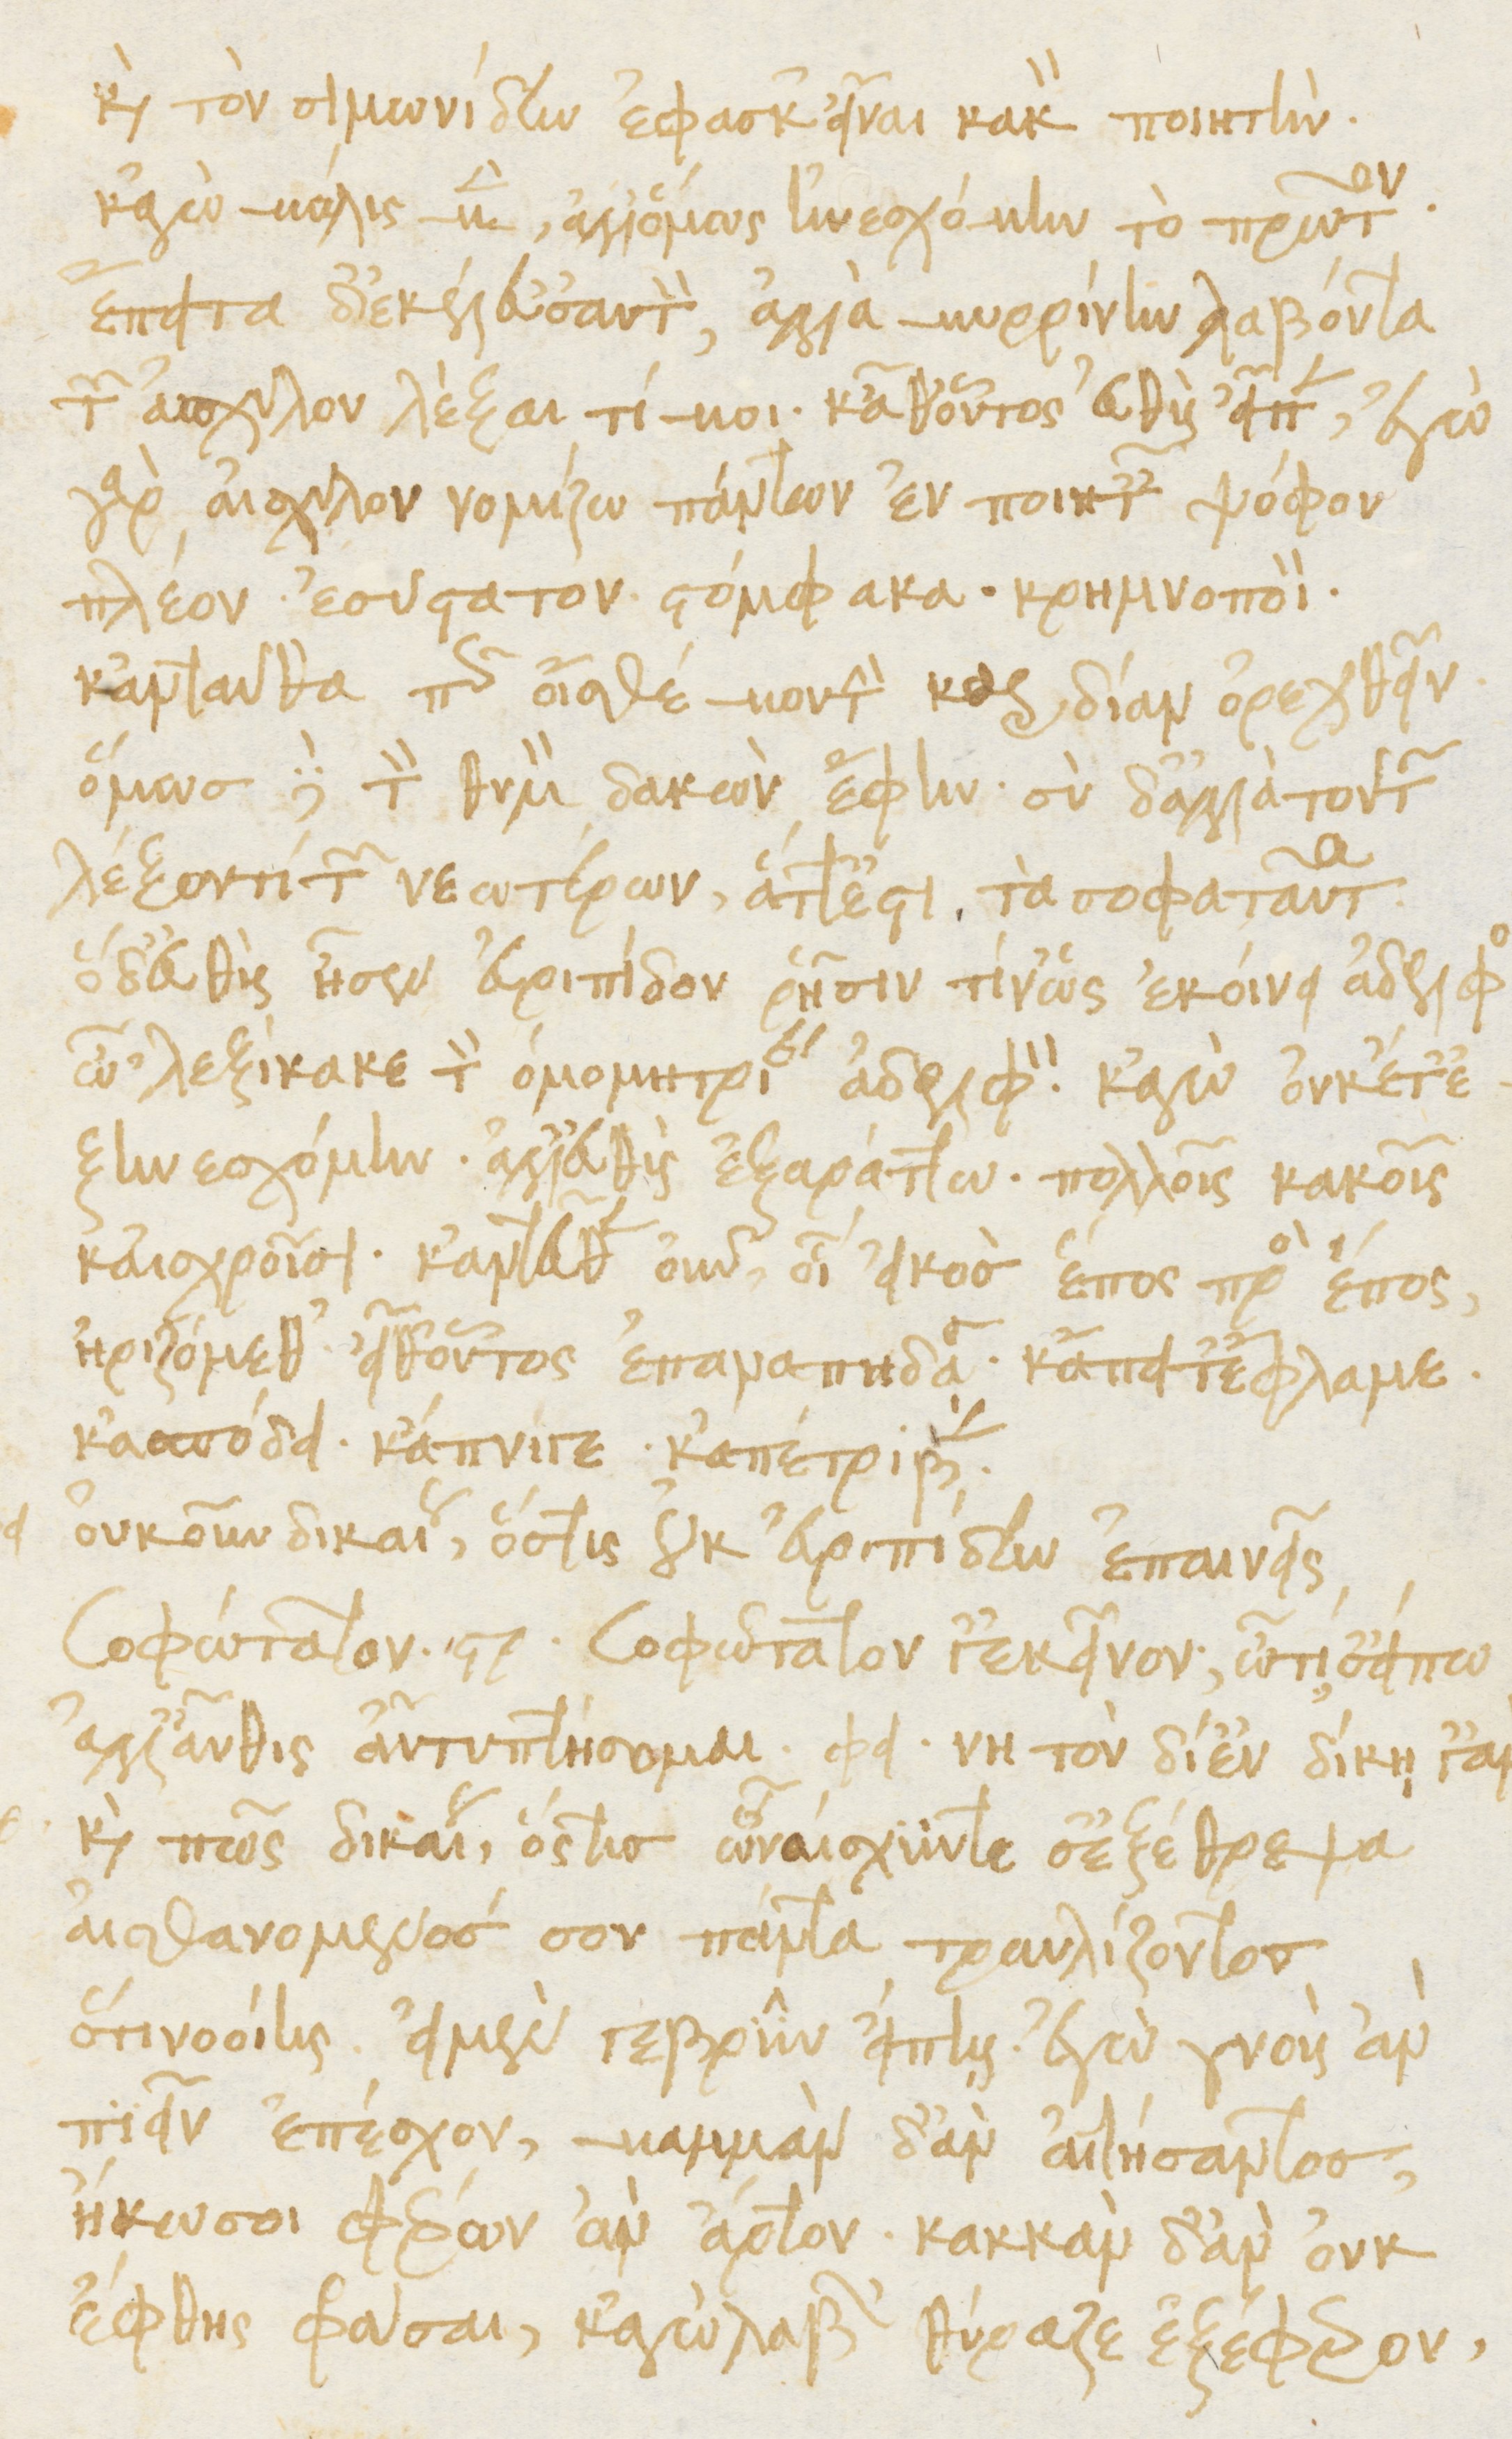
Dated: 1476–1506